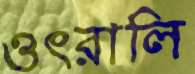
ওৎরালি